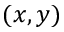
( x , y )